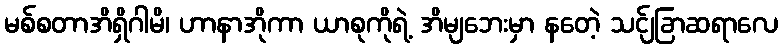
မစ်စတာအိရှိဂါမိ၊ ဟာနာအိုကာ ယာစုကိုရဲ့ အိမျဘေးမှာ နတေဲ့ သင်ျခြာဆရာလေ